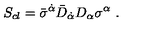
S _ { c l } = \bar { \sigma } ^ { \dot { \alpha } } \bar { D } _ { \dot { \alpha } } D _ { \alpha } \sigma ^ { \alpha } \ .